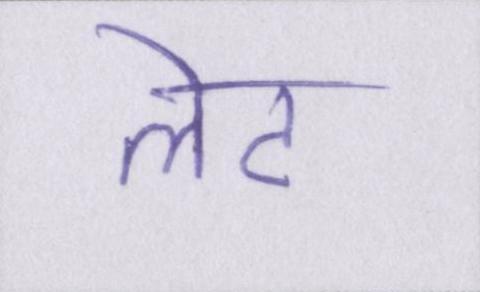
लेट